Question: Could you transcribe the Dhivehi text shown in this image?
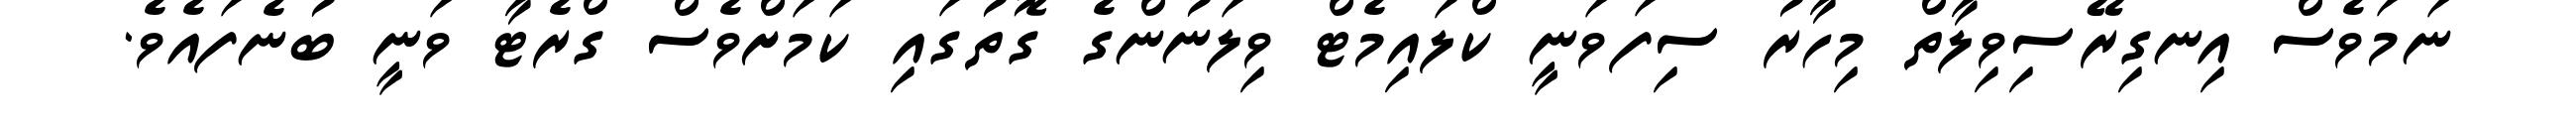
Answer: ނަމަވެސް އިނގިރޭސިވިލާތް މިހާރު ސިފަވަނީ ކްލައިމެޓް ވިލަނުންގެ ގޮތުގައި ކަމަށްވެސް ގްރެޓާ ވަނީ ބުނެފައެވެ.